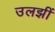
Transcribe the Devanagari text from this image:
उलझीं